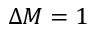
\Delta M = 1